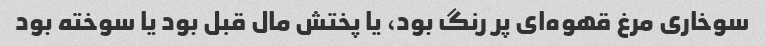
سوخاری مرغ قهوه‌ای پر رنگ بود، یا پختش مال قبل بود یا سوخته بود